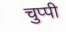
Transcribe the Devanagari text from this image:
चुप्‍पी